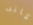
كانه